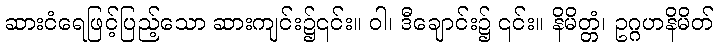
ဆားငံရေဖြင့်ပြည့်သော ဆားကျင်း၌၎င်း။ ဝါ၊ ဒီချောင်း၌ ၎င်း။ နိမိတ္တံ၊ ဥဂ္ဂဟနိမိတ်